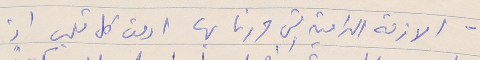
- الازمة الدامية التي مررنا بها ادمت كل قلب اذ